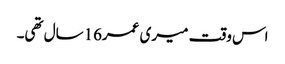
اس وقت میری عمر16سال تھی۔